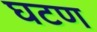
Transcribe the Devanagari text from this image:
घटण